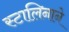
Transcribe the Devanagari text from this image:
स्टालिनाने